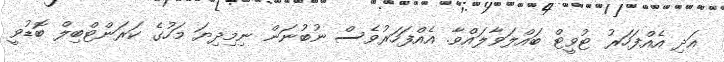
އަދި އެއްފަހަރު ޓުވީޓް ބައްލަވާލައްވާ. އެއްފަހަރުވެސް ނުބުނަން ނިމިދިޔަ މަހުގެ ކަރަންޓްބިލް ބޮޑުވީ